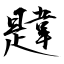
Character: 韙